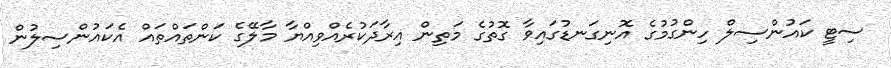
ސިޓީ ކައުންސިލް ހިންގުމުގެ އޮނިގަނޑުގައިވާ ގޮތުގެ މަތިން އިރާދަކުރެއްވިއްޔާ މާލޭގެ ކަންތައްތައް އެކައުންސިލުން